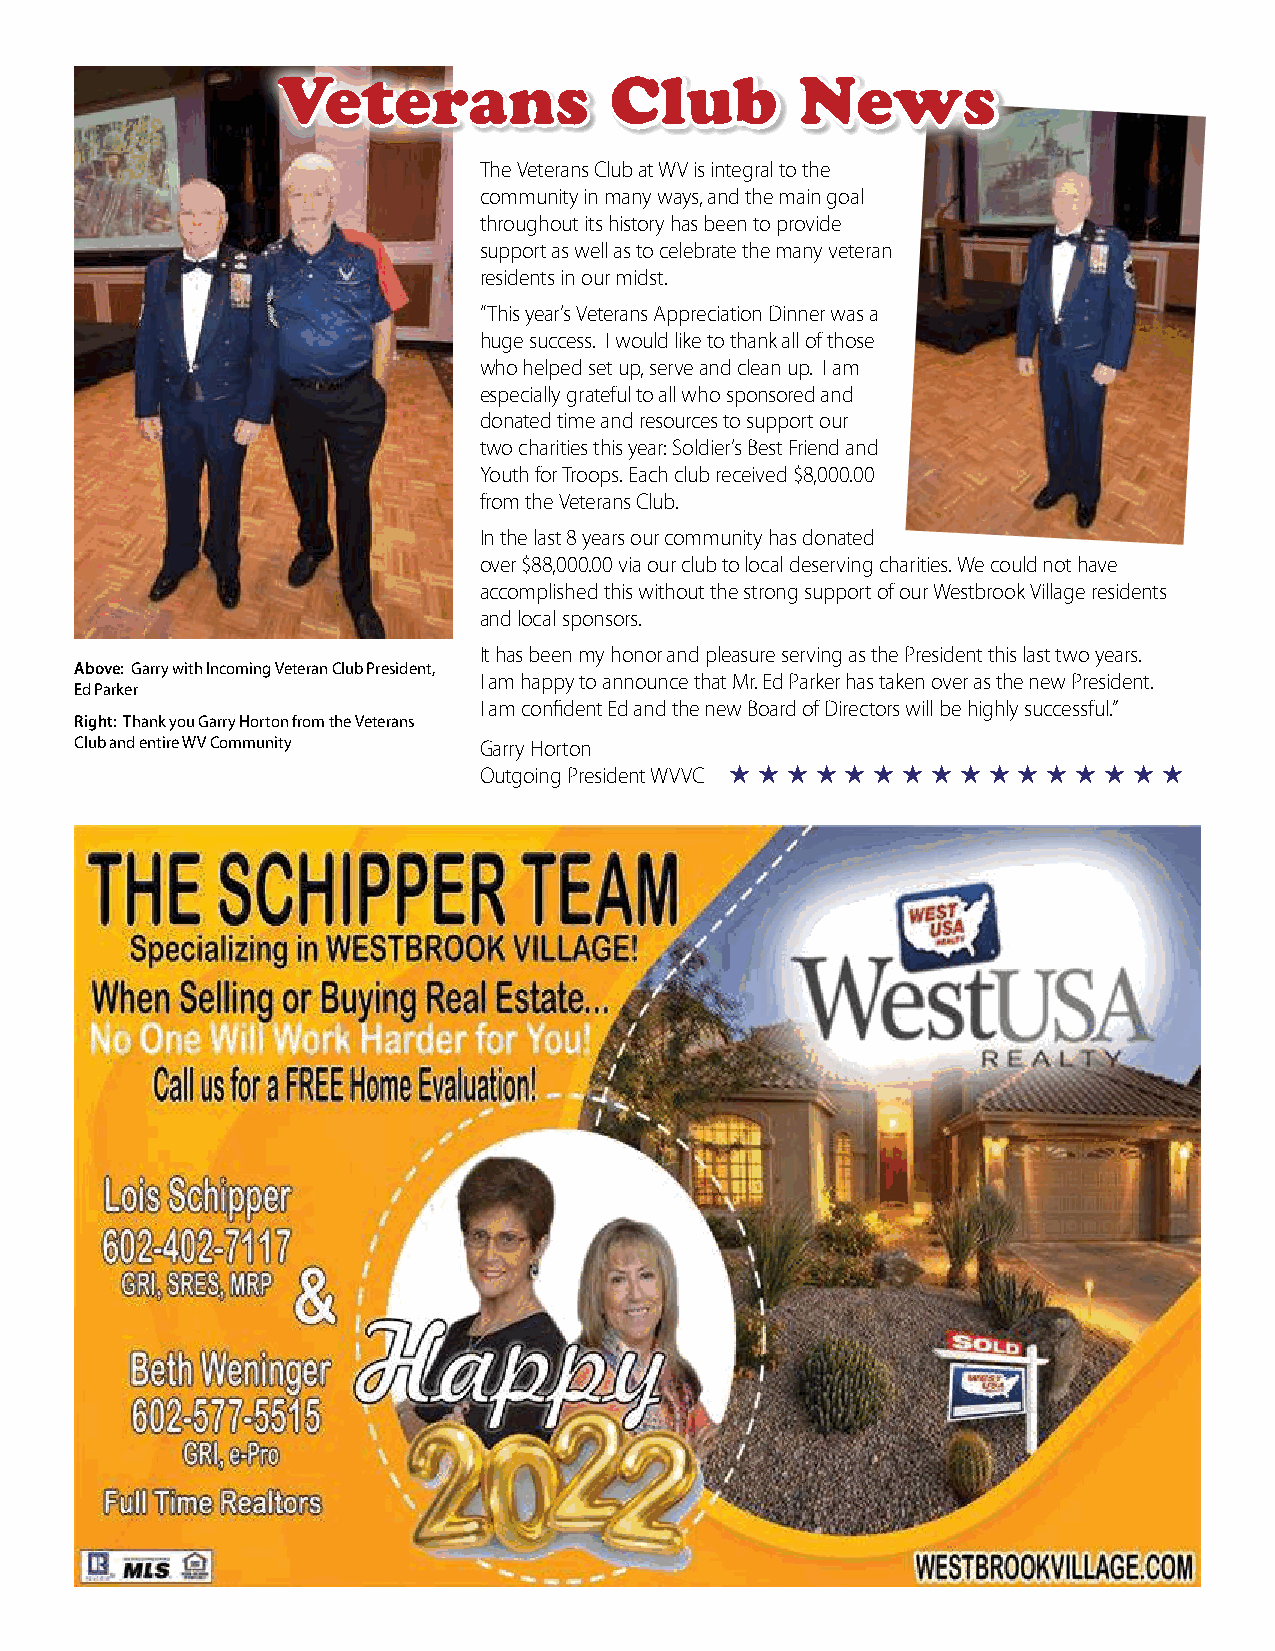
VVVeeettteeerrraaannnsss CCCllluuubbb NNNeeewwwsss
 The Veterans Club at WV is integral to the
 community in many ways, and the main goal
 throughout its history has been to provide
 support as well as to celebrate the many veteran
 residents in our midst.
 “This year’s Veterans Appreciation Dinner was a
 huge success. I would like to thank all of those
 who helped set up, serve and clean up. I am
 especially grateful to all who sponsored and
 donated time and resources to support our
 two charities this year: Soldier’s Best Friend and
 Youth for Troops. Each club received $8,000.00
 from the Veterans Club.
 In the last 8 years our community has donated
 over $88,000.00 via our club to local deserving charities. We could not have
 accomplished this without the strong support of our Westbrook Village residents
 and local sponsors.
 It has been my honor and pleasure serving as the President this last two years.
 Above: Garry with Incoming Veteran Club President,
 I am happy to announce that Mr. Ed Parker has taken over as the new President.
 Ed Parker
 I am confident Ed and the new Board of Directors will be highly successful.”
 Right: Thank you Garry Horton from the Veterans
 Club and entire WV Community Garry Horton
 Outgoing President WVVC ★ ★ ★ ★ ★ ★ ★ ★ ★ ★ ★ ★ ★ ★ ★ ★
 31 | Westbrook   Village LIVING  January 2022